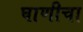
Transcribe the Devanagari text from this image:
घाणीचा